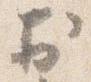
於